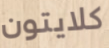
كلايتون